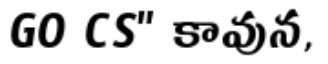
GO CS" కావున,